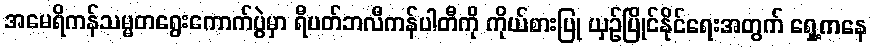
အမေရိကန်သမ္မတရွေးကောက်ပွဲမှာ ရီပတ်ဘလီကန်ပါတီကို ကိုယ်စားပြု ယှဉ်ပြိုင်နိုင်ရေးအတွက် ရှေ့ကနေ